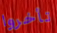
تأخروا